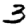
Digit: 3